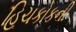
હિચકોકની